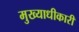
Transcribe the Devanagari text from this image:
मुख्याधीकारी